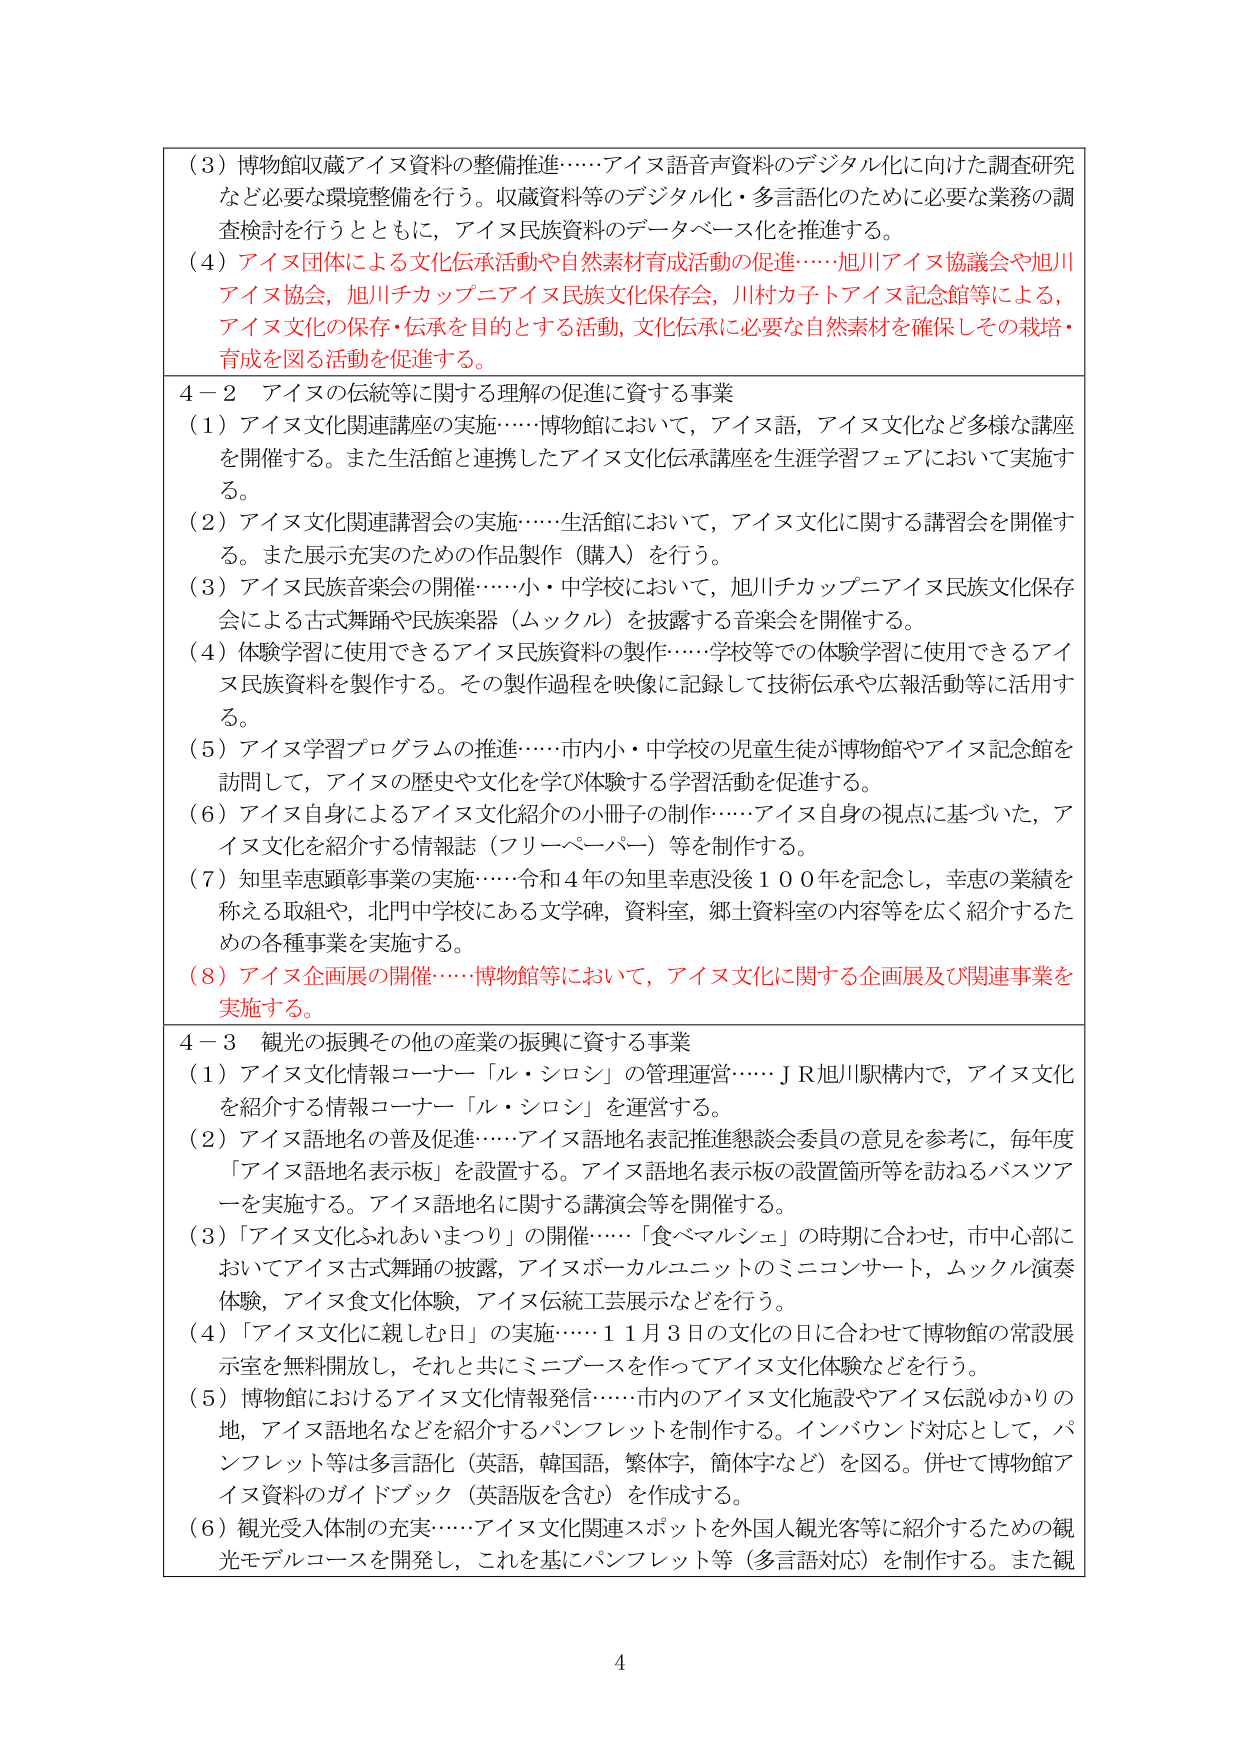
（３）博物館収蔵アイヌ資料の整備推進……アイヌ語音声資料のデジタル化に向けた調査研究など必要な環境整備を行う。収蔵資料等のデジタル化・多言語化のために必要な業務の調査検討を行うとともに，アイヌ民族資料のデータベース化を推進する。

（４）アイヌ団体による文化伝承活動や自然素材育成活動の促進……旭川アイヌ協議会や旭川アイヌ協会，旭川チカップニアイヌ民族文化保存会，川村カ子トアイヌ記念館等による，アイヌ文化の保存・伝承を目的とする活動，文化伝承に必要な自然素材を確保しその栽培・育成を図る活動を促進する。

４－２ アイヌの伝統等に関する理解の促進に資する事業

（１）アイヌ文化関連講座の実施……博物館において，アイヌ語，アイヌ文化など多様な講座を開催する。また生活館と連携したアイヌ文化伝承講座を生涯学習フェアにおいて実施する。

（２）アイヌ文化関連講習会の実施……生活館において，アイヌ文化に関する講習会を開催する。また展示充実のための作品製作（購入）を行う。

（３）アイヌ民族音楽会の開催……小・中学校において，旭川チカップニアイヌ民族文化保存会による古式舞踊や民族楽器（ムックル）を披露する音楽会を開催する。

（４）体験学習に使用できるアイヌ民族資料の製作……学校等での体験学習に使用できるアイヌ民族資料を製作する。その製作過程を映像に記録して技術伝承や広報活動等に活用する。

（５）アイヌ学習プログラムの推進……市内小・中学校の児童生徒が博物館やアイヌ記念館を訪問して，アイヌの歴史や文化を学び体験する学習活動を促進する。

（６）アイヌ自身によるアイヌ文化紹介の小冊子の制作……アイヌ自身の視点に基づいた，アイヌ文化を紹介する情報誌（フリーペーパー）等を制作する。

（７）知里幸恵顕彰事業の実施……令和４年の知里幸恵没後１００年を記念し，幸恵の業績を称える取組や，北門中学校にある文学碑，資料室，郷土資料室の内容等を広く紹介するための各種事業を実施する。

（８）アイヌ企画展の開催……博物館等において，アイヌ文化に関する企画展及び関連事業を実施する。

４－３ 観光の振興その他の産業の振興に資する事業

（１）アイヌ文化情報コーナー「ル・シロシ」の管理運営……ＪＲ旭川駅構内で，アイヌ文化を紹介する情報コーナー「ル・シロシ」を運営する。

（２）アイヌ語地名の普及促進……アイヌ語地名表記推進懇談会委員の意見を参考に，毎年度「アイヌ語地名表示板」を設置する。アイヌ語地名表示板の設置箇所等を訪ねるバスツアーを実施する。アイヌ語地名に関する講演会等を開催する。

（３）「アイヌ文化ふれあいまつり」の開催……「食べマルシェ」の時期に合わせ，市中心部においてアイヌ古式舞踊の披露，アイヌボーカルユニットのミニコンサート，ムックル演奏体験，アイヌ食文化体験，アイヌ伝統工芸展示などを行う。

（４）「アイヌ文化に親しむ日」の実施……１１月３日の文化の日に合わせて博物館の常設展示室を無料開放し，それと共にミニブースを作ってアイヌ文化体験などを行う。

（５）博物館におけるアイヌ文化情報発信……市内のアイヌ文化施設やアイヌ伝説ゆかりの地，アイヌ語地名などを紹介するパンフレットを制作する。インバウンド対応として，パンフレット等は多言語化（英語，韓国語，繁体字，簡体字など）を図る。併せて博物館アイヌ資料のガイドブック（英語版を含む）を作成する。

（６）観光受入体制の充実……アイヌ文化関連スポットを外国人観光客等に紹介するための観光モデルコースを開発し，これを基にパンフレット等（多言語対応）を制作する。また観

4